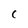
Character: C